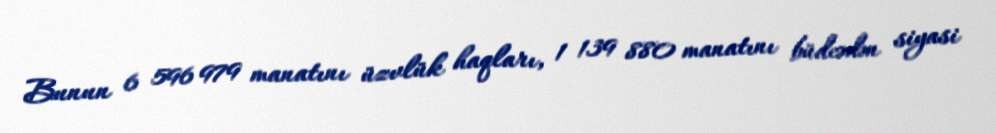
Bunun 6 596 979 manatını üzvlük haqları, 1 139 880 manatını büdcədən siyasi